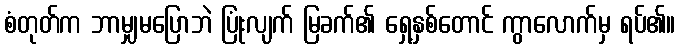
စံတုတ်က ဘာမျှမပြောဘဲ ပြုံးလျက် မြခက်၏ ရှေ့နှစ်တောင် ကွာလောက်မှ ရပ်၏။